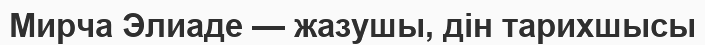
Мирча Элиаде — жазушы, дін тарихшысы